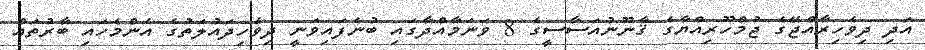
އަދި ދިވެހިރާއްޖޭގެ ޖުމްހޫރިއްޔާގެ ޤާނޫނުއަސާސީގެ 8 ވަނަމާއްދާގައި ބުނެފައިވަނީ ދިވެހިދައުލަތުގެ އެންމެހައި ބާރުތައް